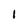
Character: l